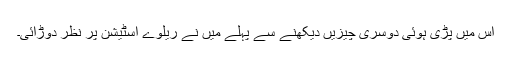
اس میں پڑی ہوئی دوسری چیزیں دیکھنے سے پہلے میں نے ریلوے اسٹیشن پر نظر دوڑائی۔